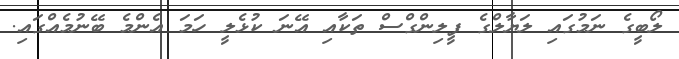
ލޯބީގެ ނަމުގައި ލަޔާލްގެ ފީލިންގްސް ތަކާއި އޭނަ ކުޅެލީ ހަމަ އެންމެ ބޭނުމެއްގައި.